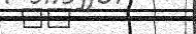
٤٦